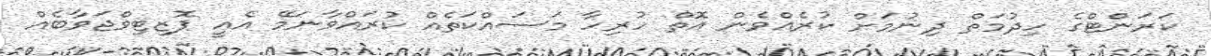
ކަރަންޓްގެ ހިދުމަތް ދިނުމަށް ކުރެއްވެން އޮތް ހުރިހާ މަސައްކަތެއް ކުރައްވާނަމޭ އެއީ ޕޮޒިޓިވްޖަވާބެއް